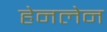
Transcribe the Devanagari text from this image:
हेनलेन